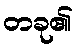
တခု၏